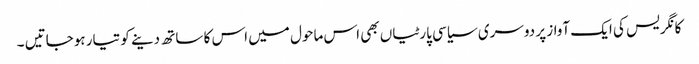
کانگریس کی ایک آواز پر دوسری سیاسی پارٹیاں بھی اس ماحول میں اس کا ساتھ دینے کو تیار ہوجاتیں ۔